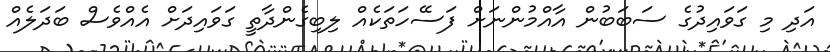
އަދި މި ގަވައިދުގެ ސަބަބުން އާއްމުންނަށް ފަސޭހަތަކެއް ލިބިގެންދާތީ ގަވައިދަށް އެއްވެސް ބަދަލެއް